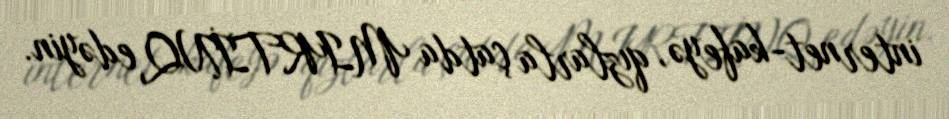
internet-kafeyə, qızlarla çatda MIRTİNQ edəyin.